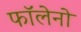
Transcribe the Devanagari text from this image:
फॉलेनो